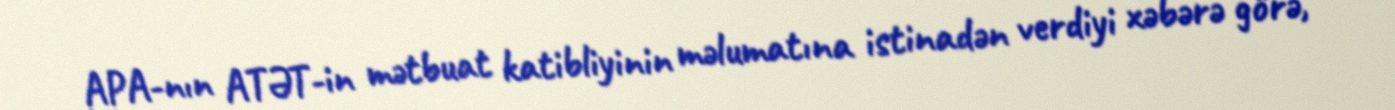
APA-nın ATƏT-in mətbuat katibliyinin məlumatına istinadən verdiyi xəbərə görə,